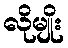
လိုမျိုး